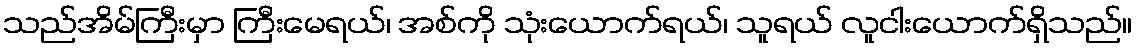
သည်အိမ်ကြီးမှာ ကြီးမေရယ်၊ အစ်ကို သုံးယောက်ရယ်၊ သူရယ် လူငါးယောက်ရှိသည်။